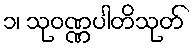
၁၊ သုဝဏ္ဏပါတိသုတ်